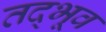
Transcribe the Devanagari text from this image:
तद्भूव